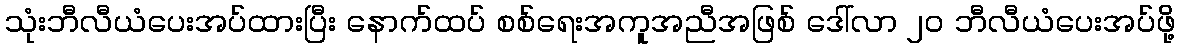
သုံးဘီလီယံပေးအပ်ထားပြီး နောက်ထပ် စစ်ရေးအကူအညီအဖြစ် ဒေါ်လာ ၂၀ ဘီလီယံပေးအပ်ဖို့